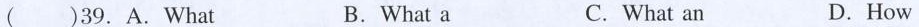
（）39.A. What B.What a C. What an D.How